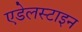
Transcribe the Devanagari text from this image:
एडेलस्टाइन